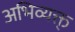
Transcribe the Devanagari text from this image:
अभिव्यक्त्